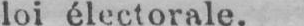
loi électorale.